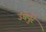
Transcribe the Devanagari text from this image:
उंचेपुरे